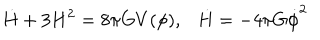
\dot { H } + 3 H ^ { 2 } = 8 \pi G V ( \phi ) , \dot { H } = - 4 \pi G \dot { \phi } ^ { 2 }